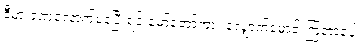
ဒီမှာ ခဏလောက်နေပြီးရင် မော်တော်ကား လျှောက်မောင်းကြတာပေါ့